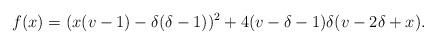
LaTeX: \begin{align*}f(x)=(x(v-1)-\delta(\delta-1))^2+4(v-\delta-1)\delta(v-2\delta+x).\end{align*}